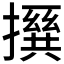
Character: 𪮵